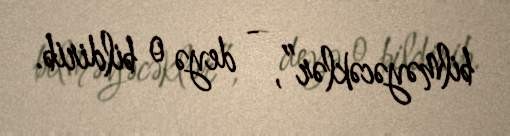
bilməyəcəklər”, - deyə o bildirib.